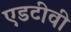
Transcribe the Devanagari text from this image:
एडटीवी